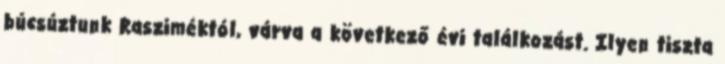
búcsúztunk Rasziméktól, várva a következő évi találkozást. Ilyen tiszta